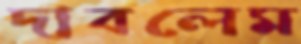
দাবলেম